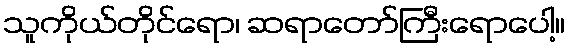
သူကိုယ်တိုင်ရော၊ ဆရာတော်ကြီးရောပေါ့။